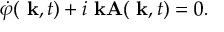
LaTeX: \dot { \varphi } ( \mathrm { \bf ~ k } , t ) + i \mathrm { \bf ~ k A } ( \mathrm { \bf ~ k } , t ) = 0 .